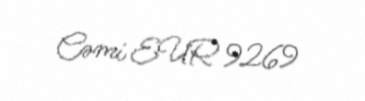
Cəmi EUR 9269